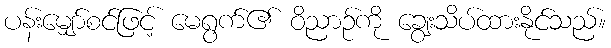
ပန်းမျှော်စင်ဖြင့် မေရွက်၏ ဝိညာဉ်ကို ချွေးသိပ်ထားနိုင်သည်။